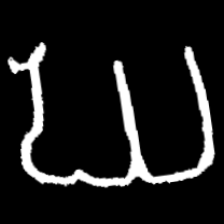
Pyu character \u2014 Myanmar letter: ဃ (romanized: gha)